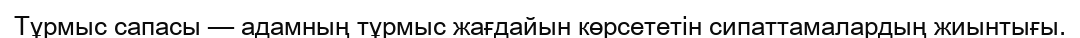
Тұрмыс сапасы — адамның тұрмыс жағдайын көрсететін сипаттамалардың жиынтығы.